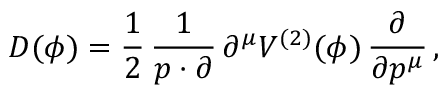
D ( \phi ) = \frac { 1 } { 2 } \, \frac { 1 } { p \cdot \partial } \, \partial ^ { \mu } V ^ { ( 2 ) } ( \phi ) \, \frac { \partial } { \partial p ^ { \mu } } \, ,